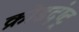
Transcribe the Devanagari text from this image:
क्रोडदंष्ट्र